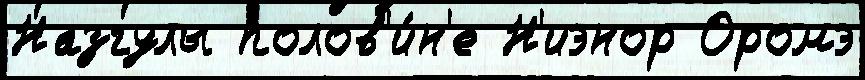
Назгулы полов'и́н'е Н'иэнор Оромэ